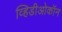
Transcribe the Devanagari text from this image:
व्हिडीओकॉन